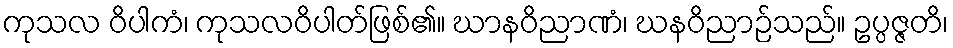
ကုသလ ဝိပါကံ၊ ကုသလဝိပါတ်ဖြစ်၏။ ဃာနဝိညာဏံ၊ ဃနဝိညာဉ်သည်။ ဥပ္ပဇ္ဇတိ၊